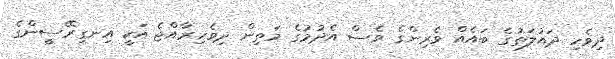
ދިވެހި ދައުލަތުގެ ބައެއް ވެރިންގެ ވެސް އެދުމުގެ މަތިން ދިވެހިރާއްޖެ އަކީ އިނގިރޭސީންގެ